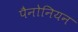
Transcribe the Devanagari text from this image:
पैनोनियन